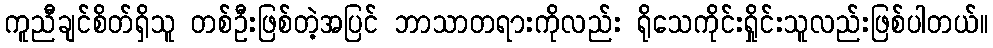
ကူညီချင်စိတ်ရှိသူ တစ်ဦးဖြစ်တဲ့အပြင် ဘာသာတရားကိုလည်း ရိုသေကိုင်းရှိုင်းသူလည်းဖြစ်ပါတယ်။